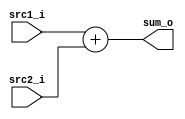
/***************************************************
Student Name:	, 	
Student ID:	0711239, 	0816038
***************************************************/

`timescale 1ns/1ps

module Adder(
    input  [32-1:0] src1_i,
	input  [32-1:0] src2_i,
	output [32-1:0] sum_o
	);
    
/* Write your code HERE */
assign sum_o = src1_i + src2_i;


endmodule